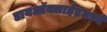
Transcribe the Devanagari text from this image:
डायऑक्साईडमध्ये